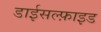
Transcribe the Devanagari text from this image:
डाईसल्फ़ाइड